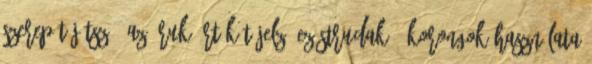
szerepét játszó, az áruk értékét jelző ezüstrudak, -korongok használata